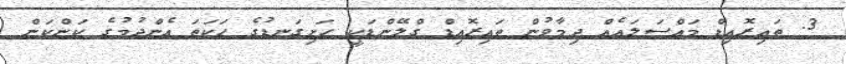
3. ތައިރޮއިޑް މައްސަލައެއް ދިމާވުން ތައިރޮއިޑް ގްލޭންޑަކީ ހަށިގަނޑުގެ ހަކަތަ އެންދުމުގެ ކަންކަން